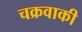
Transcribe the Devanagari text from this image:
चक्रवाकी